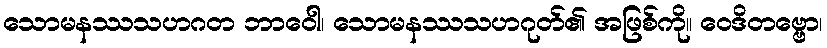
သောမနဿသဟဂတ ဘာဝေါ၊ သောမနဿသဟဂုတ်၏ အဖြစ်ကို။ ဝေဒိတဗ္ဗော၊